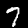
Label: 7